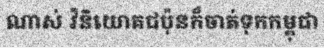
ណាស់ វិនិយោគជប៉ុនក៏ចាត់ទុកកម្ពុជា